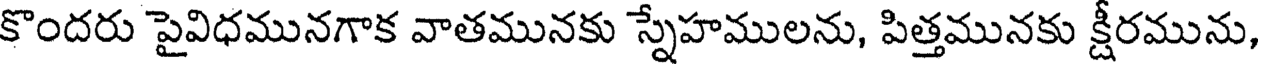
కొందరు పైవిధమునగాక వాతమునకు స్నేహములను, పిత్తమునకు క్షీరమును,